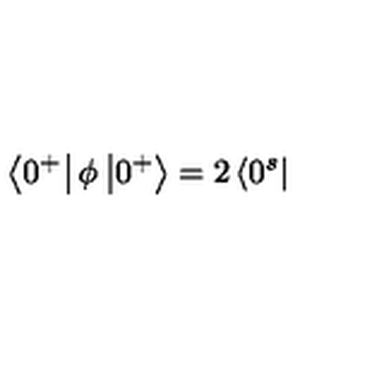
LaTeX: \left\langle 0 ^ { + } \right| \phi \left| 0 ^ { + } \right\rangle = 2 \left\langle 0 ^ { s } \right|